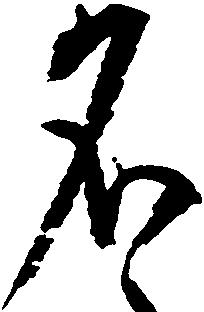
名